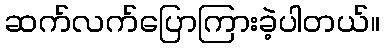
ဆက်လက်ပြောကြားခဲ့ပါတယ်။